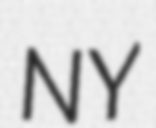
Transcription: NY